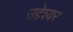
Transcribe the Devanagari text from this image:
उद्देश्यर